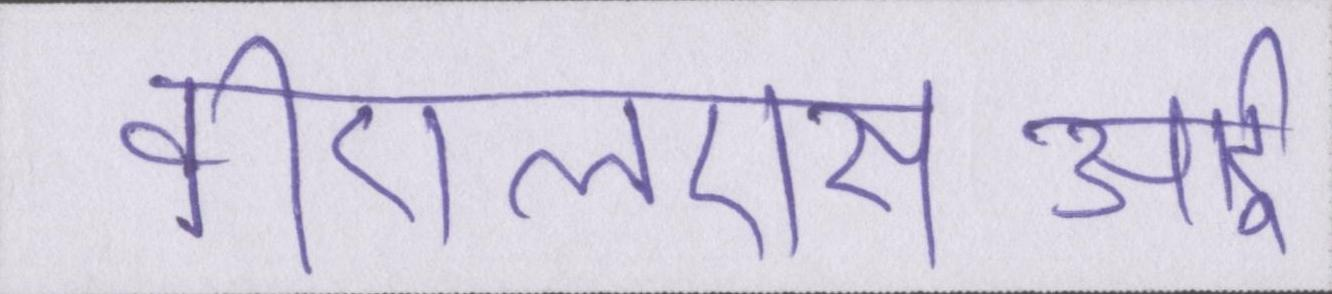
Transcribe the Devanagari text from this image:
वीएलएसआई